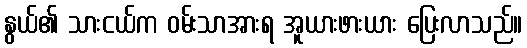
နွယ်၏ သားငယ်က ဝမ်းသာအားရ အူယားဖားယား ပြေးလာသည်။